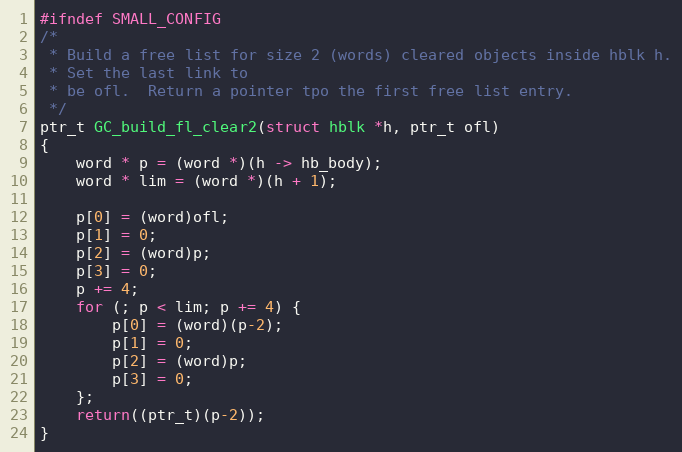
Language: C
#ifndef SMALL_CONFIG
/*
 * Build a free list for size 2 (words) cleared objects inside hblk h.
 * Set the last link to
 * be ofl.  Return a pointer tpo the first free list entry.
 */
ptr_t GC_build_fl_clear2(struct hblk *h, ptr_t ofl)
{
    word * p = (word *)(h -> hb_body);
    word * lim = (word *)(h + 1);

    p[0] = (word)ofl;
    p[1] = 0;
    p[2] = (word)p;
    p[3] = 0;
    p += 4;
    for (; p < lim; p += 4) {
        p[0] = (word)(p-2);
        p[1] = 0;
        p[2] = (word)p;
        p[3] = 0;
    };
    return((ptr_t)(p-2));
}